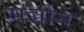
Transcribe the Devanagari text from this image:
मञ्चीय